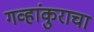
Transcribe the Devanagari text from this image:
गव्हांकुराचा